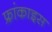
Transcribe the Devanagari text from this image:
फ्रांकाइस